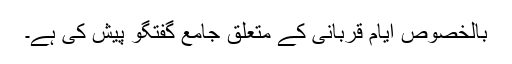
بالخصوص ایام قربانی کے متعلق جامع گفتگو پیش کی ہے۔